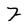
Character: 7